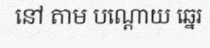
នៅ តាម បណ្តោយ ឆ្នេរ